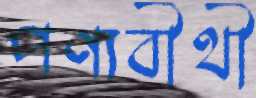
পণ্যবীথী